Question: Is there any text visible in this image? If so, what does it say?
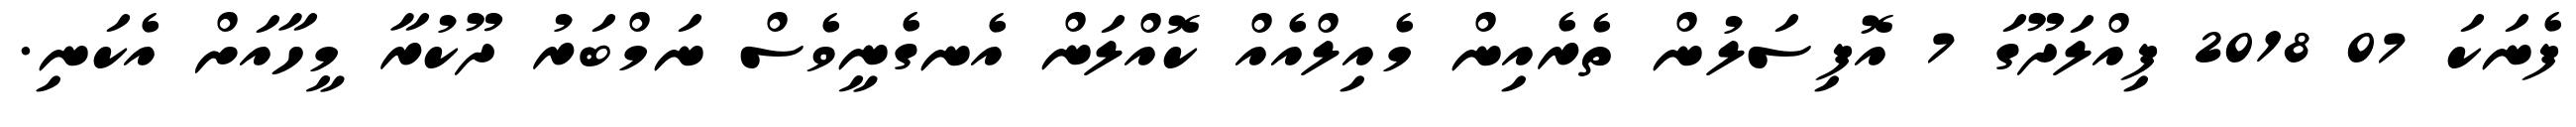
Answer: ފެނަކަ 07 2018 ފިއްލަދޫގަ 7 އޮފިސަލުން ތެރެއިން މެއިލްއެއް ކޮއްލަން އެނގެނީވެސް ނަމްބަރު ދޫކުރާ މީހާއަށް އެކަނި.